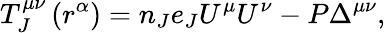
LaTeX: T_{J}^{\mu\nu}\left(r^{\alpha}\right)=n_{J}e_{J}U^{\mu}U^{\nu}-P\Delta^{\mu\nu},